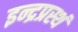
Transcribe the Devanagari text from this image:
इन्द्रप्रस्थं